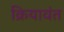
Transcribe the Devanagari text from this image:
क्रियावंत